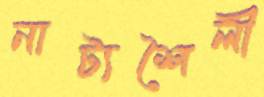
নাট্যশৈলী